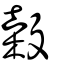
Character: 榖